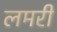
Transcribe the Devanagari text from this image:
लमरी